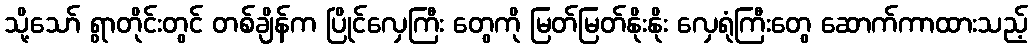
သို့သော် ရွာတိုင်းတွင် တစ်ချိန်က ပြိုင်လှေကြီး တွေကို မြတ်မြတ်နိုးနိုး လှေရုံကြီးတွေ ဆောက်ကာထားသည့်